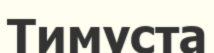
Тимуста